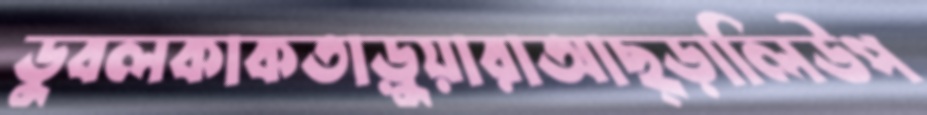
ডুবলকাকতাড়ুয়ারাআছ্‌ড়ালিউপ